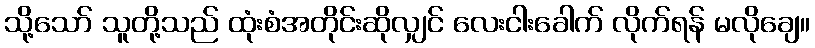
သို့သော် သူတို့သည် ထုံးစံအတိုင်းဆိုလျှင် လေးငါးခေါက် လိုက်ရန် မလိုချေ။